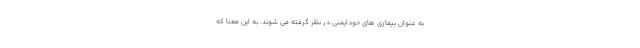
به عنوان بیماری های خودایمنی در نظر گرفته می شوند، به این معنا که